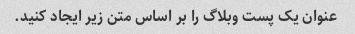
عنوان یک پست وبلاگ را بر اساس متن زیر ایجاد کنید.